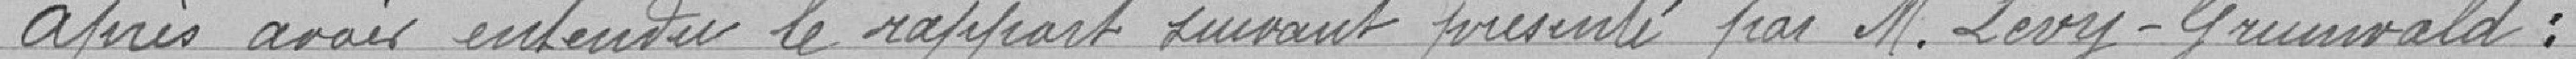
Après avoir entendu le rapport suivant présenté par M. Levy-Grunwald :